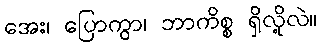
အေး၊ ပြောကွာ၊ ဘာကိစ္စ ရှိလို့လဲ။